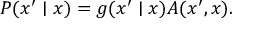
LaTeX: P ( x ^ { \prime } \mid x ) = g ( x ^ { \prime } \mid x ) A ( x ^ { \prime } , x ) .